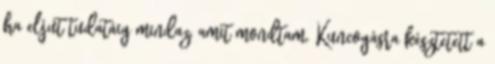
ha eljut tudatáig mindaz, amit mondtam. Kuncogásra késztetett a